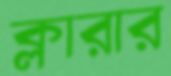
ক্লারার